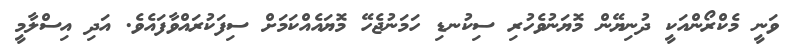
ވަނީ މެކްރޯންއަކީ ދުނިޔޭން މޮޔަނުވެހުރި ސިކުނޑި ހަމަނުޖެހޭ މޮޔައެއްކަމަށް ސިފަކުރައްވާފައެވެ. އަދި އިސްލާމީ